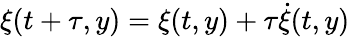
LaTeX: \xi(t+\tau,y)=\xi(t,y)+\tau\dot{\xi}(t,y)